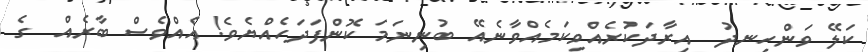
ކަލޭ ވަންހިނދު  އިރާދަކުރެއްވިކަމެއްވާނެއޭ ބުނިނަމަ ކޮންފަދަހެއްޔެވެ! އެއްވެސް ބާރެއް  ގެ